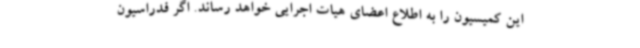
این کمیسیون را به اطلاع اعضای هیات اجرایی خواهد رساند. اگر فدراسیون